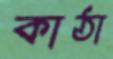
কাঠা